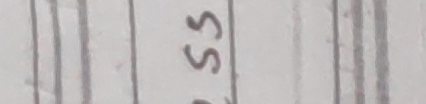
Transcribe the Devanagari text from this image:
५५